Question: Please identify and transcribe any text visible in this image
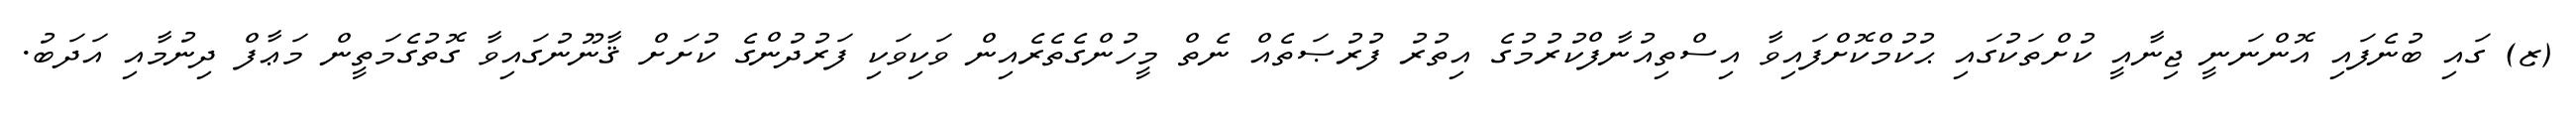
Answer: (ޒ) ގައި ބުނެފައި އޮންނަނީ ޖިނާއީ ކުށްތަކުގައި ޙުކުމްކޮށްފައިވާ އިސްތިއުނާފްކުރުމުގެ އިތުރު ފުރުޞަތެއް ނެތް މީހުންގެތެރެއިން ވަކިވަކި ފަރުދުންގެ ކުށަށް ޤާނޫނުގައިވާ ގޮތުގެމަތީން މަޢާފް ދިނުމާއި އަދަބު.